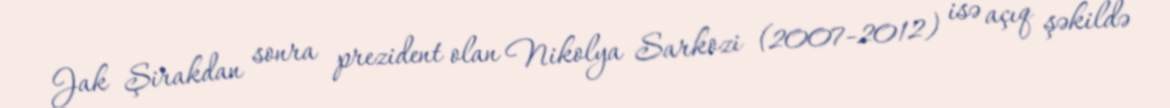
Jak Şirakdan sonra prezident olan Nikolya Sarkozi (2007-2012) isə açıq şəkildə